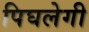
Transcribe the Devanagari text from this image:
पिघलेगी